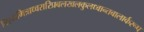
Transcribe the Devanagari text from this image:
विश्वामित्राध्वरारिप्रबलखलकुलध्वान्तबालार्करूप